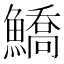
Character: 鱎